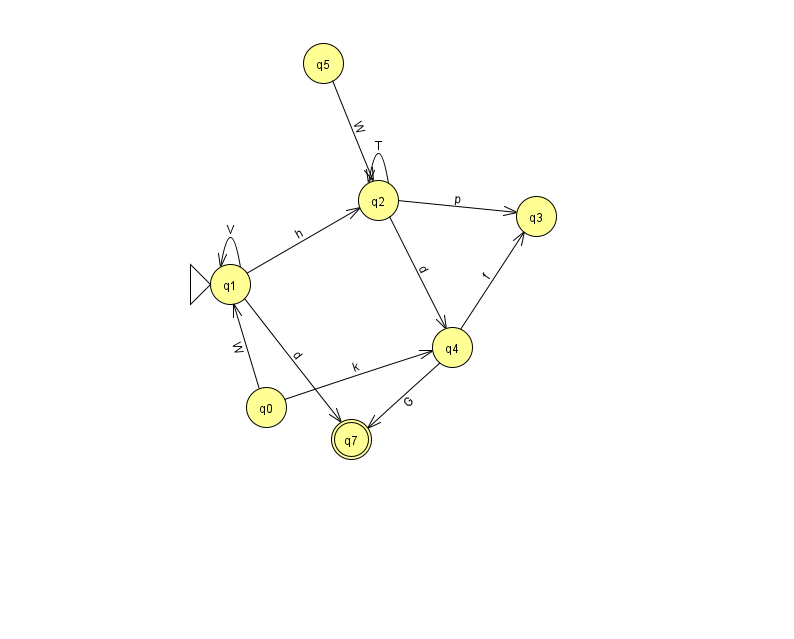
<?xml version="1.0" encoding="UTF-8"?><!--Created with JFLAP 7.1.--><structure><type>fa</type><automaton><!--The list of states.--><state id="0" name="q0"><x>266.0</x><y>394.0</y></state><state id="1" name="q1"><x>230.0</x><y>271.0</y><initial/></state><state id="2" name="q2"><x>378.0</x><y>187.0</y></state><state id="3" name="q3"><x>536.0</x><y>203.0</y></state><state id="4" name="q4"><x>452.0</x><y>334.0</y></state><state id="5" name="q5"><x>323.0</x><y>50.0</y></state><state id="7" name="q7"><x>351.0</x><y>426.0</y><final/></state><!--The list of transitions.--><transition><from>4</from><to>3</to><read>f</read></transition><transition><from>1</from><to>7</to><read>d</read></transition><transition><from>5</from><to>2</to><read>W</read></transition><transition><from>2</from><to>2</to><read>T</read></transition><transition><from>1</from><to>1</to><read>V</read></transition><transition><from>1</from><to>2</to><read>h</read></transition><transition><from>0</from><to>1</to><read>W</read></transition><transition><from>4</from><to>7</to><read>G</read></transition><transition><from>2</from><to>4</to><read>d</read></transition><transition><from>0</from><to>4</to><read>k</read></transition><transition><from>2</from><to>3</to><read>p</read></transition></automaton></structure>